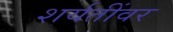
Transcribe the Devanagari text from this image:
शर्यतींवर